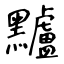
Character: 黸